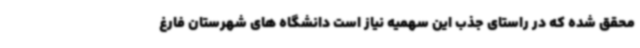
محقق شده که در راستای جذب این سهمیه نیاز است دانشگاه های شهرستان فارغ